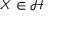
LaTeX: X \in { \mathcal { H } }